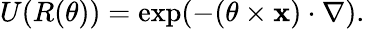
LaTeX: U(R(\mathbf{\theta}))=\exp(-(\mathbf{\theta}\times\mathbf{x})\cdot\nabla).